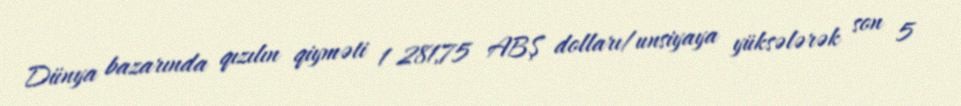
Dünya bazarında qızılın qiyməti 1 281,75 ABŞ dolları/unsiyaya yüksələrək son 5